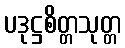
ပဒုဋ္ဌစိတ္တသုတ္တ